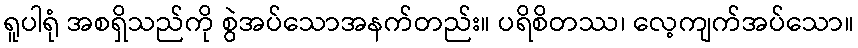
ရူပါရုံ အစရှိသည်ကို စွဲအပ်သောအနက်တည်း။ ပရိစိတဿ၊ လေ့ကျက်အပ်သော။